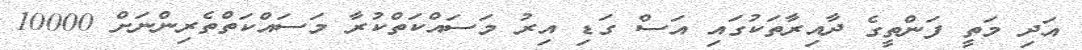
އަދި މަތީ ފަންތީގެ ދާއިރާތަކުގައި އަސް ގަޑި އިރު މަސައްކަތްކުރާ މަސައްކަތްތެރިންނަށް 10000